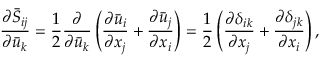
\frac { { \partial { { \bar { S } } _ { i j } } } } { { \partial { { \bar { u } } _ { k } } } } = \frac { 1 } { 2 } \frac { \partial } { { \partial { { \bar { u } } _ { k } } } } \left( { \frac { { \partial { { \bar { u } } _ { i } } } } { { \partial { x _ { j } } } } + \frac { { \partial { { \bar { u } } _ { j } } } } { { \partial { x _ { i } } } } } \right) = \frac { 1 } { 2 } \left( { \frac { { \partial { \delta _ { i k } } } } { { \partial { x _ { j } } } } + \frac { { \partial { \delta _ { j k } } } } { { \partial { x _ { i } } } } } \right) ,